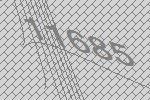
11685